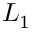
L _ { 1 }